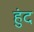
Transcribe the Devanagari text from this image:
हुंद